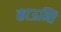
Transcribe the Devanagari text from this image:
काऊन्सि